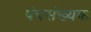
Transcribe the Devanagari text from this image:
पंचसंख्यक